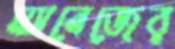
ম্যানেজের